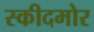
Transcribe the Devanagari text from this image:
स्कीदमोर